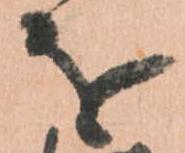
を